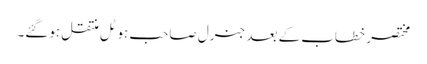
مختصر خطاب کے بعد جنرل صاحب ہوٹل منتقل ہوگئے۔